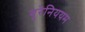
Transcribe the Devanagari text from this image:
यूरेनिययम